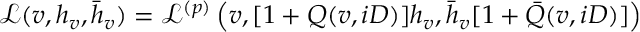
\mathcal L ( v , h _ { v } , \bar { h } _ { v } ) = \mathcal L ^ { ( p ) } \left( v , [ 1 + Q ( v , i D ) ] h _ { v } , \bar { h } _ { v } [ 1 + \bar { Q } ( v , i D ) ] \right)